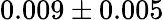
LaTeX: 0.009\pm 0.005